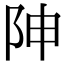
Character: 𨸬